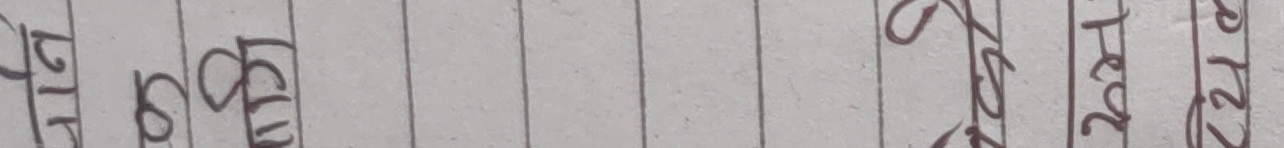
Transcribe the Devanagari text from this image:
बिर सोम सुद सुदी चैत प्रत १२